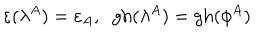
\varepsilon ( \lambda ^ { A } ) = \varepsilon _ { A } , \; \; \mathrm { g h } ( \lambda ^ { A } ) = \mathrm { g h } ( \phi ^ { A } )